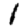
Digit: 1